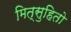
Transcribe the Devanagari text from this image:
मित्सुहितो